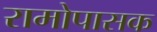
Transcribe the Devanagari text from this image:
रामोपासक